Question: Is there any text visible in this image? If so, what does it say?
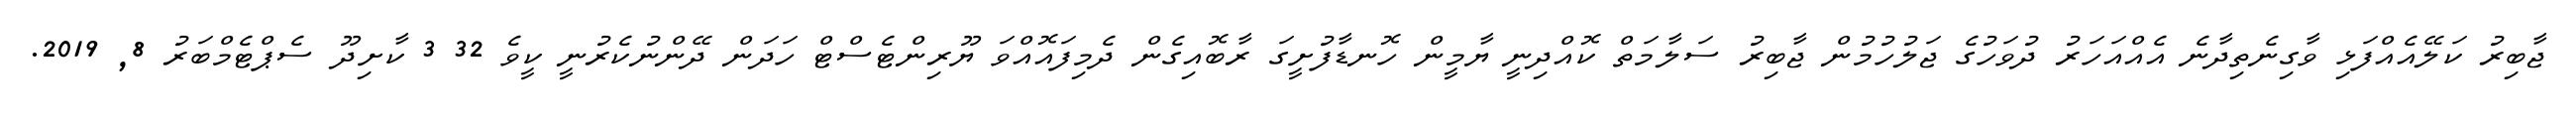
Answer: ޖާބިރު ކަލޭއެއްފަޅި ވާގިނެތިދާނެ އެއްއަހަރު ދުވަހުގެ ޖަލުހުމުން ޖާބިރު ސަލާމަތް ކޮއްދިނީ ޔާމީން ހޮނޑާފުށީގަ ރާބޮއިގެން ދެމިފައޮއްވަ ޔޫރިންޓެސްޓް ހަދަން ދޭންނުކެރުނީ ކީވެ 32 3 ކާށިދޫ ސެޕްޓެމްބަރު 8, 2019.